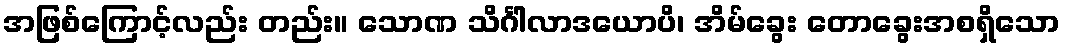
အဖြစ်ကြောင့်လည်း တည်း။ သောဏ သိင်္ဂါလာဒယောပိ၊ အိမ်ခွေး တောခွေးအစရှိသော